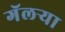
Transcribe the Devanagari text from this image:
गॅलर्‍या